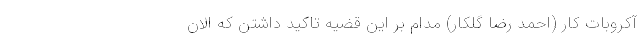
آکروبات کار (احمد رضا گلکار) مدام بر این قضیه تاکید داشتن که الان